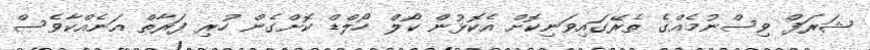
ޝަރަފް ވިސްނުމެއްގެ ތެރޭގައިވަނިކޮށް އެކޮޅުން ކޯލް ހޯލްޑް ކޮށްގެން ހުރި ފަރާތް އަނެއްކާވެސް